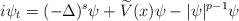
LaTeX: \begin{align*}i\psi_t=(-\Delta)^s\psi + \widetilde{V}(x) \psi -|\psi|^{p-1}\psi\end{align*}